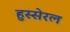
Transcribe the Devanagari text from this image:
हुस्सेरल